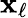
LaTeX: \mathbf{x}_{\ell}